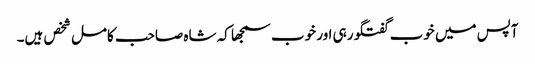
آپس میں خوب گفتگو رہی اور خوب سمجھا کہ شاہ صاحب کامل شخص ہیں۔